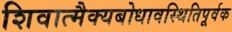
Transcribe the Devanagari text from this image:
शिवात्मैक्यबोधावस्थितिपूर्वक